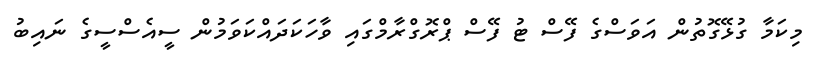
މިކަމާ ގުޅޭގޮތުން އަވަސްގެ ފޭސް ޓު ފޭސް ޕްރޮގްރާމްގައި ވާހަކަދައްކަވަމުން ސީއެސްސީގެ ނައިބު